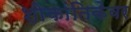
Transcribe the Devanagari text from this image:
शोकांतिकेवर